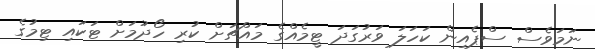
ނަމަވެސް ސްޕެއިން ކަހަލަ ވަރުގަދަ ޓީމެއްގެ މައްޗަށް ކުރި ހޯދުމަށް ޓަކައި ޓިމުގެ